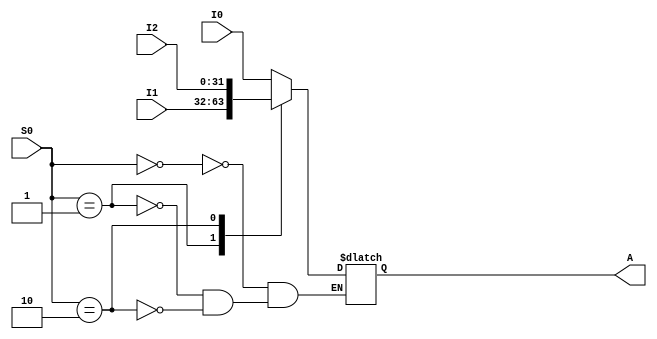
/*
 * Taylor Skilling
 * Will Johnson
 * 12/14/2016
 * EECE 3324
 *
 * mux3to1.v -- 32-bit 3:1 mux for X stage 
 */

module mux3to1(I0, I1, I2, S0, A);
input [31:0] I0, I1, I2; 
input [1:0] S0;          
output reg [31:0] A;    

initial
begin
    A = 0;
end
  
always @ (I0 or I1 or I2 or S0) begin
    case(S0)
      2'b00: begin
        A <= I0;
      end
      2'b01: begin
        A <= I1;
      end
      2'b10: begin
        A <= I2;
      end
    endcase
  end

endmodule